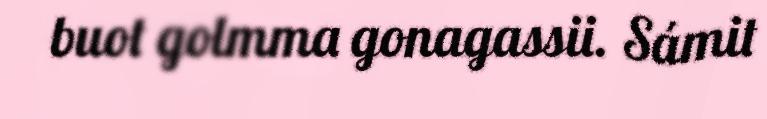
buot golmma gonagassii. Sámit